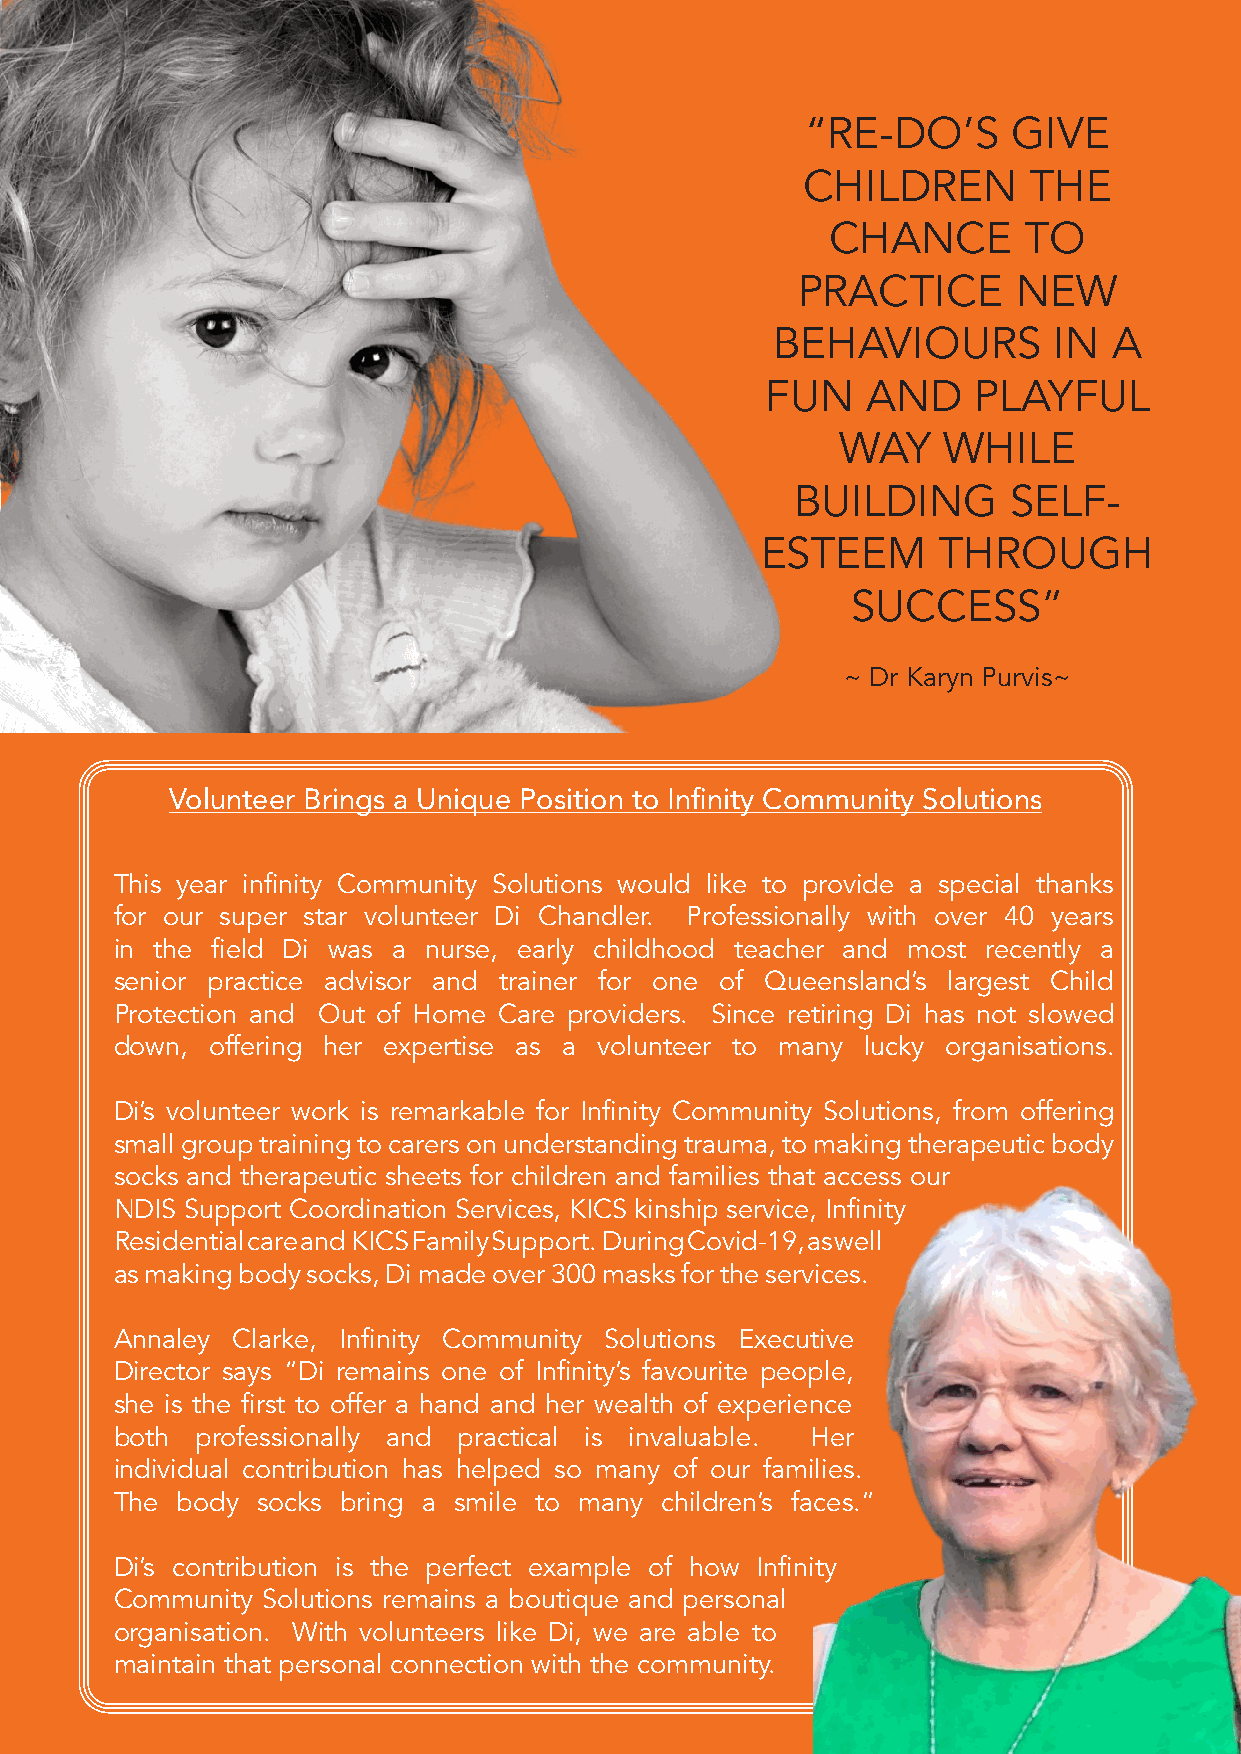
“RE-DO’S      GIVE
 CHILDREN       THE
 CHANCE       TO
 PRACTICE      NEW
 BEHAVIOURS         IN  A
 FUN   AND    PLAYFUL
 WAY   WHILE
 BUILDING      SELF-
 ESTEEM      THROUGH
 SUCCESS”
 ~ Dr Karyn Purvis~
 Volunteer Brings a Unique Position to Infinity Community Solutions
 This year infinity Community Solutions would like to provide a special thanks
 for our super star volunteer Di Chandler� Professionally with over 40 years
 in the field Di was a nurse, early childhood teacher and most recently a
 senior practice advisor and trainer for one of Queensland’s largest Child
 Protection and Out of Home Care providers� Since retiring Di has not slowed
 down, offering her expertise as a volunteer to many lucky organisations�
 Di’s volunteer work is remarkable for Infinity Community Solutions, from offering
 small group training to carers on understanding trauma, to making therapeutic body
 socks and therapeutic sheets for children and families that access our
 NDIS Support Coordination Services, KICS kinship service, Infinity
 Residential care and KICS Family Support� During Covid-19, as well
 as making body socks, Di made over 300 masks for the services�
 Annaley Clarke, Infinity Community Solutions Executive
 Director says “Di remains one of Infinity’s favourite people,
 she is the first to offer a hand and her wealth of experience
 both professionally and practical is invaluable� Her
 individual contribution has helped so many of our families�
 The body socks bring a smile to many children’s faces�”
 Di’s contribution is the perfect example of how Infinity
 Community Solutions remains a boutique and personal
 organisation� With volunteers like Di, Pwaeg aer e able to
 maintain that personal connection with th1e5 community�